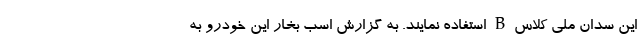
این سدان ملی کلاس B استفاده نمایند. به گزارش اسب بخار این خودرو به